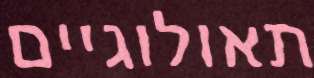
תאולוגיים